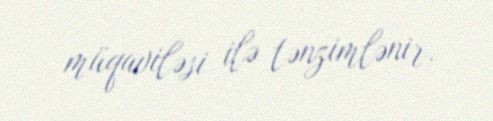
müqaviləsi ilə tənzimlənir.